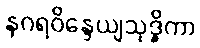
နဂရဝိန္ဒေယျသုဒ္ဓိကာ